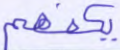
يكفهم